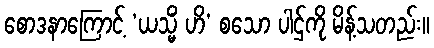
စောဒနာကြောင့် ‘ယသ္မိံ ဟိ’ စသော ပါဌ်ကို မိန့်သတည်း။